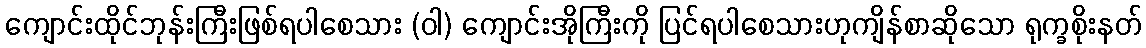
ကျောင်းထိုင်ဘုန်းကြီးဖြစ်ရပါစေသား (ဝါ) ကျောင်းအိုကြီးကို ပြင်ရပါစေသားဟုကျိန်စာဆိုသော ရုက္ခစိုးနတ်